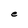
Character: e